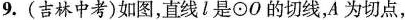
9. （吉林中考)如图，直线l是⊙O的切线，A为切点，